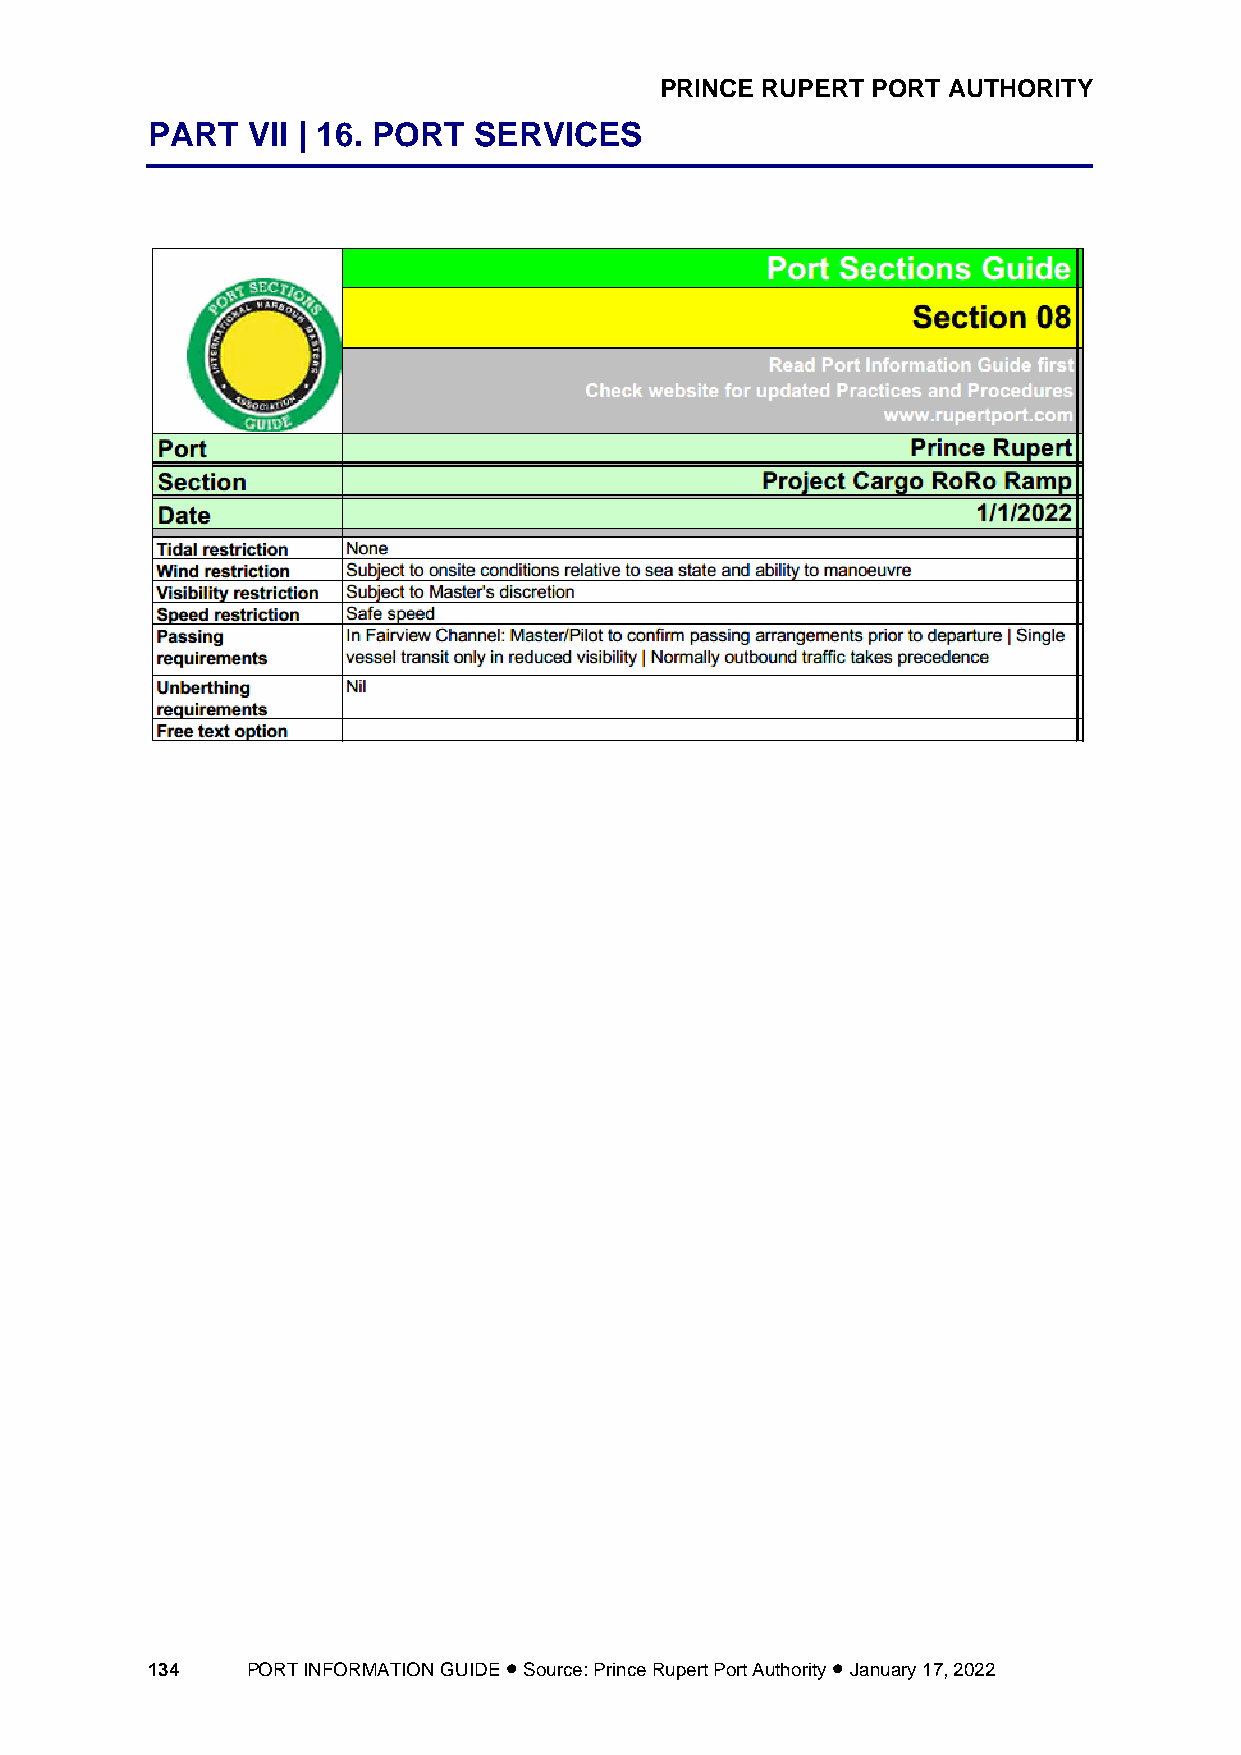
PRINCE RUPERT PORT AUTHORITY
 PART  VII | 16. PORT SERVICES
 134   PORT INFORMATION GUIDE • Source: Prince Rupert Port Authority • January 17, 2022